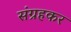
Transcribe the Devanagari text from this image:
संग्रहकर